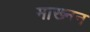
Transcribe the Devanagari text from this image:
माख्नन